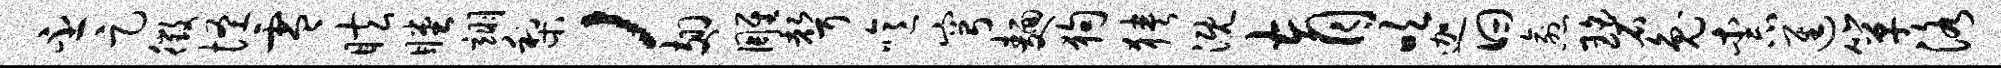
丕足徵怪零眩瞠翊梨，翅雕声噫穹面狗狭溉育吹迦曰愈碧兔柰进箪洛